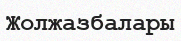
Жолжазбалары